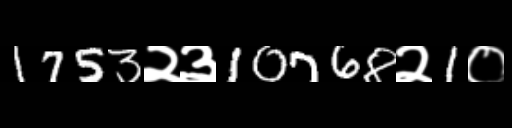
Text: 1753२३10768२1०